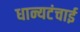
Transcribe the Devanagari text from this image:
धान्यटंचाई